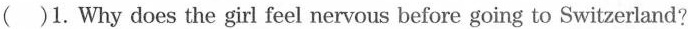
( )1. Why does the girl feel nervous before going to Switzerland?